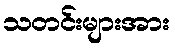
သတင်းများအား